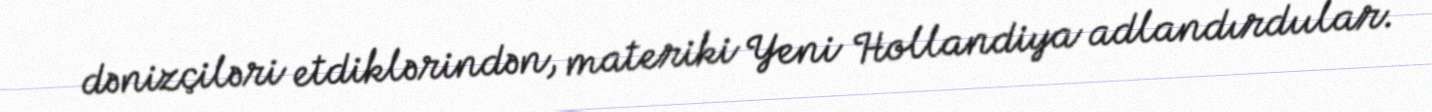
dənizçiləri etdiklərindən, materiki Yeni Hollandiya adlandırdıılar.